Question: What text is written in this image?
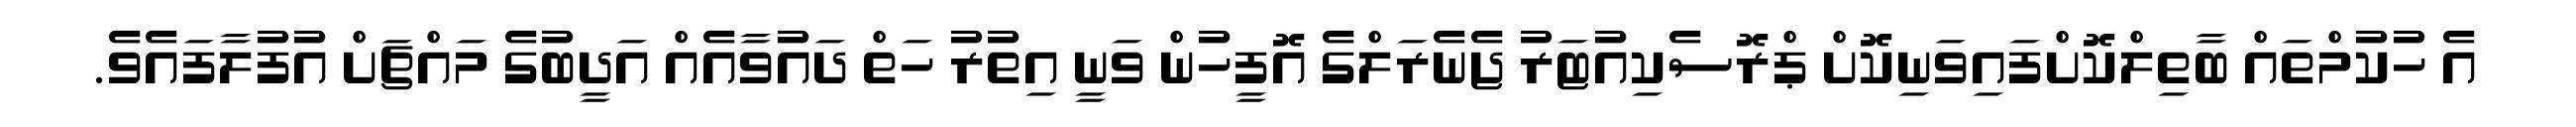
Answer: އެ ހުކުމްތައް ބާތިލްކޮށްފައިވަނިކޮށް ޕްރޮސެކިއުޓަރު ޖެނެރަލްގެ އޮފީހުން ވަނީ އިތުރު ހަތް ދައުވާއެއް އަދީބުގެ މައްޗަށް އުފުލާފައެވެ.